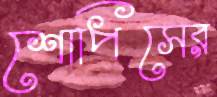
শোপিসের